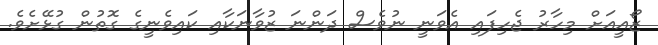
ޒޯއީއަށް މިހާރު ޖެހިފައި އެވަނީ ނުވެސް ދަންނަ ޒުވާނަކާއި ކައިވެނީގެ ގޮތުން ގުޅޭށެވެ.